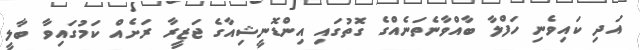
އަދި ކައިވެނި ހަފްލާ ބާއްވާނެތަނެއްގެ ގޮތުގައި އިންޑޮނީޝިއާގެ ޖަޒީރާ ރަށެއް ކަމުގައިވާ ބާލީ